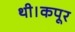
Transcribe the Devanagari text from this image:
थी।कपूर